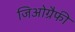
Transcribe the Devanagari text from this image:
जिओग्रैफी